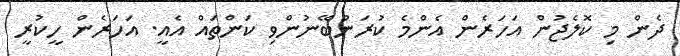
ދެން މި ކޮލެޖުން އަހަރެން އެންމެ ކުރަންބޭނުންވި ކަންތައް އެއީ. އަހަރެން ހީކުރީ